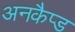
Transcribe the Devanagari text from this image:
अनकैप्ड